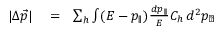
\begin{array} { r l r } { | \Delta \vec { p } | } & { { } = } & { \sum _ { h } \int ( E - p _ { \parallel } ) { \frac { d p _ { \parallel } } { E } } C _ { h } \, d ^ { 2 } p _ { \perp } } \end{array}